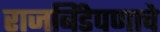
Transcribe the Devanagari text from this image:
राजबिंडेपणाचे